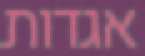
אגדות